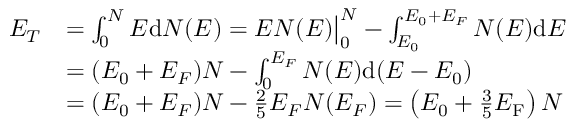
{ \begin{array} { r l } { E _ { T } } & { = \int _ { 0 } ^ { N } E \mathrm { d } N ( E ) = E N ( E ) { \big | } _ { 0 } ^ { N } - \int _ { E _ { 0 } } ^ { E _ { 0 } + E _ { F } } N ( E ) \mathrm { d } E } \\ & { = ( E _ { 0 } + E _ { F } ) N - \int _ { 0 } ^ { E _ { F } } N ( E ) \mathrm { d } ( E - E _ { 0 } ) } \\ & { = ( E _ { 0 } + E _ { F } ) N - { \frac { 2 } { 5 } } E _ { F } N ( E _ { F } ) = \left( E _ { 0 } + { \frac { 3 } { 5 } } E _ { \mathrm { F } } \right) N } \end{array} }